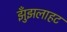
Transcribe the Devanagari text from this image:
झुँझलाहट